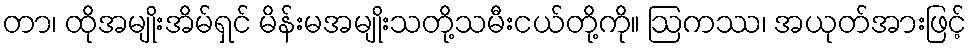
တာ၊ ထိုအမျိုးအိမ်ရှင် မိန်းမအမျိုးသတို့သမီးငယ်တို့ကို။ ဩကဿ၊ အယုတ်အားဖြင့်